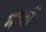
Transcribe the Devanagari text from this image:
महतीं